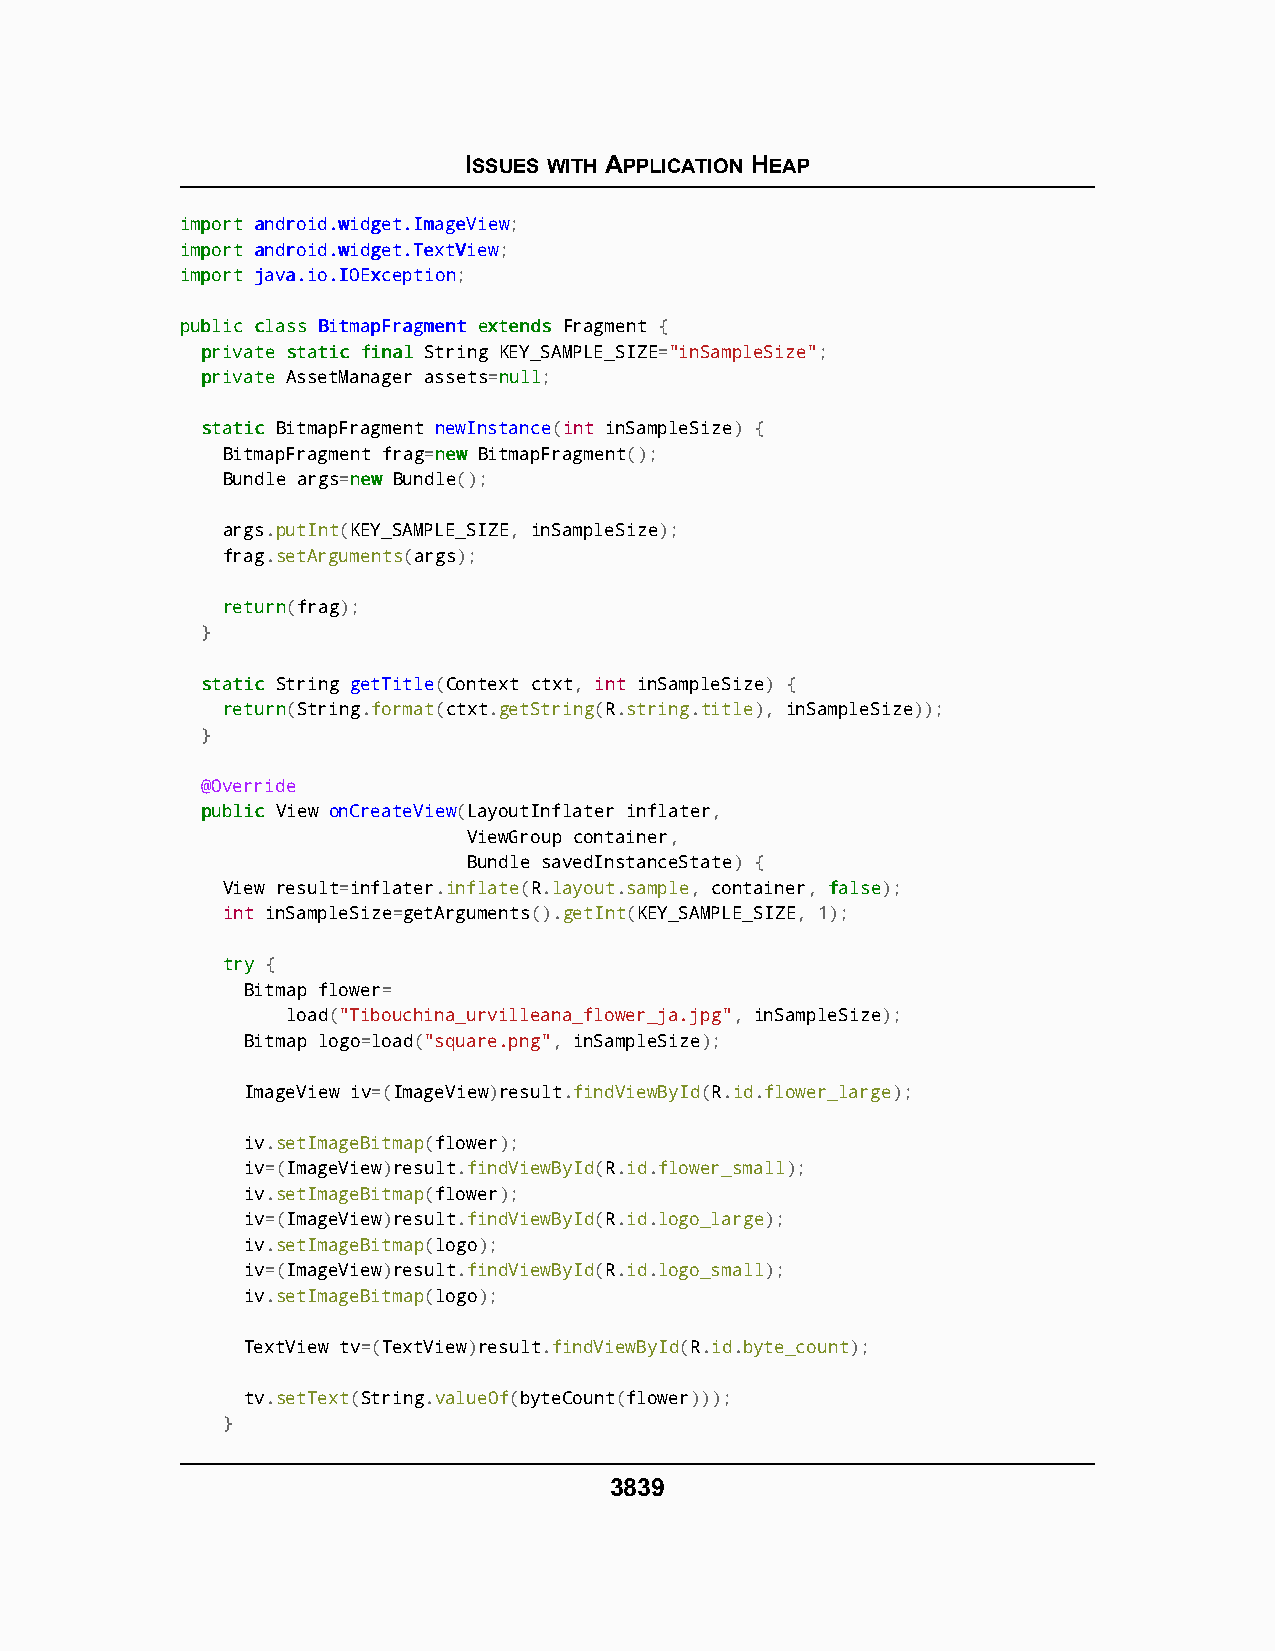
ISSUES WITH APPLICATION HEAP
 iimmppoorrtt aannddrrooiidd..wwiiddggeett..IImmaaggeeVViieeww;
 iimmppoorrtt aannddrrooiidd..wwiiddggeett..TTeexxttVViieeww;
 iimmppoorrtt jjaavvaa..iioo..IIOOEExxcceeppttiioonn;
 ppuubblliicc ccllaassss BBiittmmaappFFrraaggmmeenntt eexxtteennddss Fragment {
 pprriivvaattee ssttaattiicc ffiinnaall String KEY_SAMPLE_SIZE="inSampleSize";
 pprriivvaattee AssetManager assets=nnuullll;
 ssttaattiicc BitmapFragment newInstance(int inSampleSize) {
 BitmapFragment frag=nneeww BitmapFragment();
 Bundle args=nneeww Bundle();
 args.putInt(KEY_SAMPLE_SIZE, inSampleSize);
 frag.setArguments(args);
 rreettuurrnn(frag);
 }
 ssttaattiicc String getTitle(Context ctxt, int inSampleSize) {
 rreettuurrnn(String.format(ctxt.getString(R.string.title), inSampleSize));
 }
 @Override
 ppuubblliicc View onCreateView(LayoutInflater inflater,
 ViewGroup container,
 Bundle savedInstanceState) {
 View result=inflater.inflate(R.layout.sample, container, ffaallssee);
 int inSampleSize=getArguments().getInt(KEY_SAMPLE_SIZE, 1);
 ttrryy {
 Bitmap flower=
 load("Tibouchina_urvilleana_flower_ja.jpg", inSampleSize);
 Bitmap logo=load("square.png", inSampleSize);
 ImageView iv=(ImageView)result.findViewById(R.id.flower_large);
 iv.setImageBitmap(flower);
 iv=(ImageView)result.findViewById(R.id.flower_small);
 iv.setImageBitmap(flower);
 iv=(ImageView)result.findViewById(R.id.logo_large);
 iv.setImageBitmap(logo);
 iv=(ImageView)result.findViewById(R.id.logo_small);
 iv.setImageBitmap(logo);
 TextView tv=(TextView)result.findViewById(R.id.byte_count);
 tv.setText(String.valueOf(byteCount(flower)));
 }
 3839